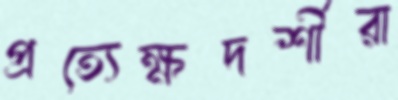
প্রত্যেক্ষদর্শীরা